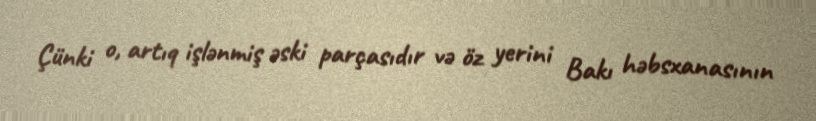
Çünki o, artıq işlənmiş əski parçasıdır və öz yerini Bakı həbsxanasının